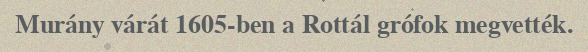
Murány várát 1605-ben a Rottál grófok megvették.